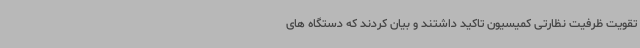
تقویت ظرفیت نظارتی کمیسیون تاکید داشتند و بیان کردند که دستگاه های